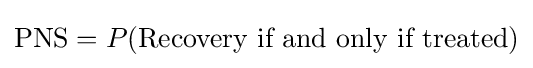
{\text{PNS}}=P({\text{Recovery if and only if treated}})